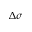
\Delta \sigma